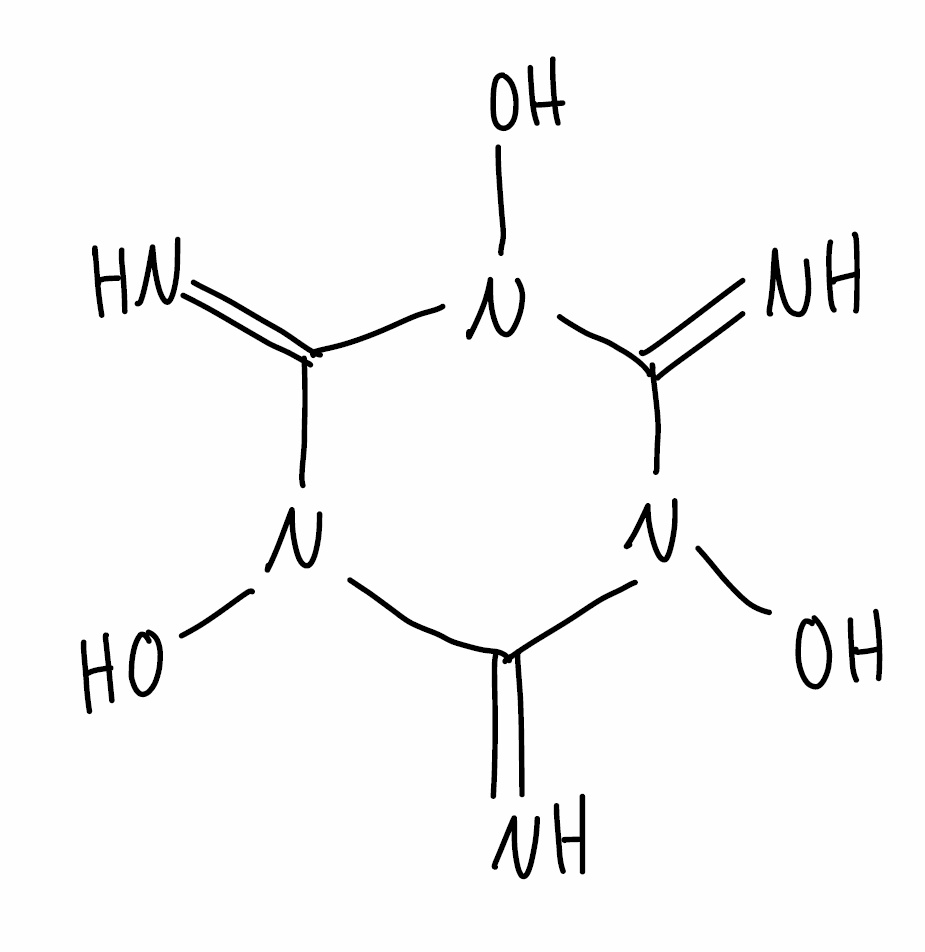
Simplified molecular-input line-entry system (SMILES) notation of the given molecule:
C1(=N)N(C(=N)N(C(=N)N1O)O)O